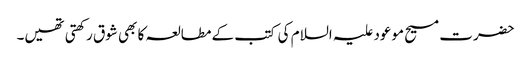
حضرت مسیح موعود علیہ السلام کی کتب کے مطالعہ کا بھی شوق رکھتی تھیں۔